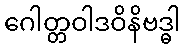
ဂေါတ္တဝါဒဝိနိဗဒ္ဓါ